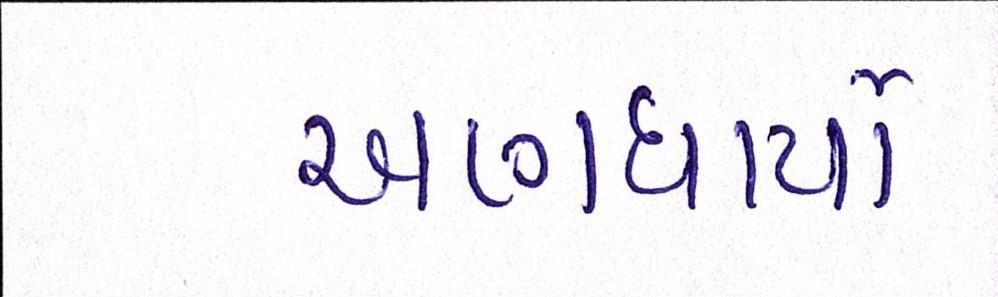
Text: અણધાર્યો